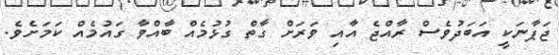
ޖަޕާނަކީ އަބަދުވެސް ރާއްޖެ އާއި ވަރަށް ގާތް ގުޅުމެއް ބާއްވާ ގައުމެއް ކަމަށެވެ.